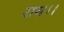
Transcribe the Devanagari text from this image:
राय।।